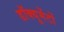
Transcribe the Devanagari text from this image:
डॉक्यूमेंटों